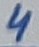
Text: 4